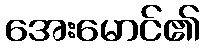
အေးမောင်၏